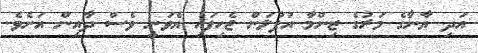
އަދި ޔާނާގެ މަރުގެ ޒިންމާ އުފުލަން ޖެހިފައި އެވަނީ ވެސް ދާއިން އަށެވެ.